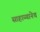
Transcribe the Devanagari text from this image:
साहाय्यानेच